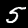
Label: 5